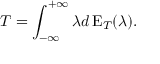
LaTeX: T = \int _ { - \infty } ^ { + \infty } \lambda d \operatorname { E } _ { T } ( \lambda ) .